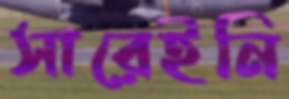
সারেইনি